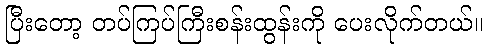
ပြီးတော့ တပ်ကြပ်ကြီးစန်းထွန်းကို ပေးလိုက်တယ်။